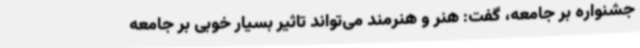
جشنواره بر جامعه، گفت: هنر و هنرمند می‌تواند تاثیر بسیار خوبی بر جامعه